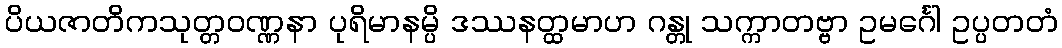
ပိယဇာတိကသုတ္တဝဏ္ဏနာ ပုရိမာနမ္ပိ ဒဿနတ္ထမာဟ ဂန္တု သက္ကာတဗ္ဗာ ဥမင်္ဂေါ ဥပ္ပတတံ